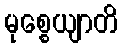
မုစ္စေယျာတိ